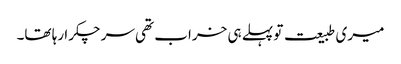
میری طبیعت تو پہلے ہی خراب تھی سر چکرا رہا تھا۔